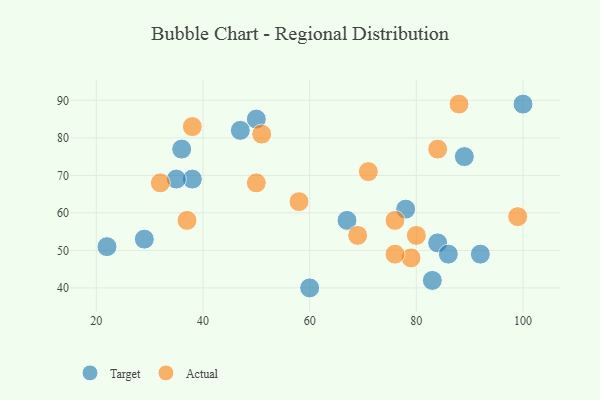
{"axis": {"x": "GDP", "y": "Life Expectancy"}, "legend": ["Actual", "Target"], "data": [{"x": "38", "y": 69, "type": "Target"}, {"x": "22", "y": 51, "type": "Target"}, {"x": "35", "y": 69, "type": "Target"}, {"x": "50", "y": 85, "type": "Target"}, {"x": "29", "y": 53, "type": "Target"}, {"x": "78", "y": 61, "type": "Target"}, {"x": "100", "y": 89, "type": "Target"}, {"x": "67", "y": 58, "type": "Target"}, {"x": "92", "y": 49, "type": "Target"}, {"x": "84", "y": 52, "type": "Target"}, {"x": "89", "y": 75, "type": "Target"}, {"x": "83", "y": 42, "type": "Target"}, {"x": "60", "y": 40, "type": "Target"}, {"x": "36", "y": 77, "type": "Target"}, {"x": "86", "y": 49, "type": "Target"}, {"x": "47", "y": 82, "type": "Target"}, {"x": "79", "y": 48, "type": "Actual"}, {"x": "99", "y": 59, "type": "Actual"}, {"x": "76", "y": 58, "type": "Actual"}, {"x": "32", "y": 68, "type": "Actual"}, {"x": "51", "y": 81, "type": "Actual"}, {"x": "80", "y": 54, "type": "Actual"}, {"x": "88", "y": 89, "type": "Actual"}, {"x": "76", "y": 49, "type": "Actual"}, {"x": "38", "y": 83, "type": "Actual"}, {"x": "37", "y": 58, "type": "Actual"}, {"x": "84", "y": 77, "type": "Actual"}, {"x": "71", "y": 71, "type": "Actual"}, {"x": "69", "y": 54, "type": "Actual"}, {"x": "58", "y": 63, "type": "Actual"}, {"x": "50", "y": 68, "type": "Actual"}]}